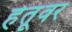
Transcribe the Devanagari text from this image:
हेतूवर